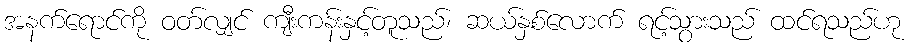
အနက်ရောင်ကို ဝတ်လျှင် ကျီးကန်းနှင့်တူသည်၊ ဆယ်နှစ်လောက် ရင့်သွားသည် ထင်ရသည်ဟု